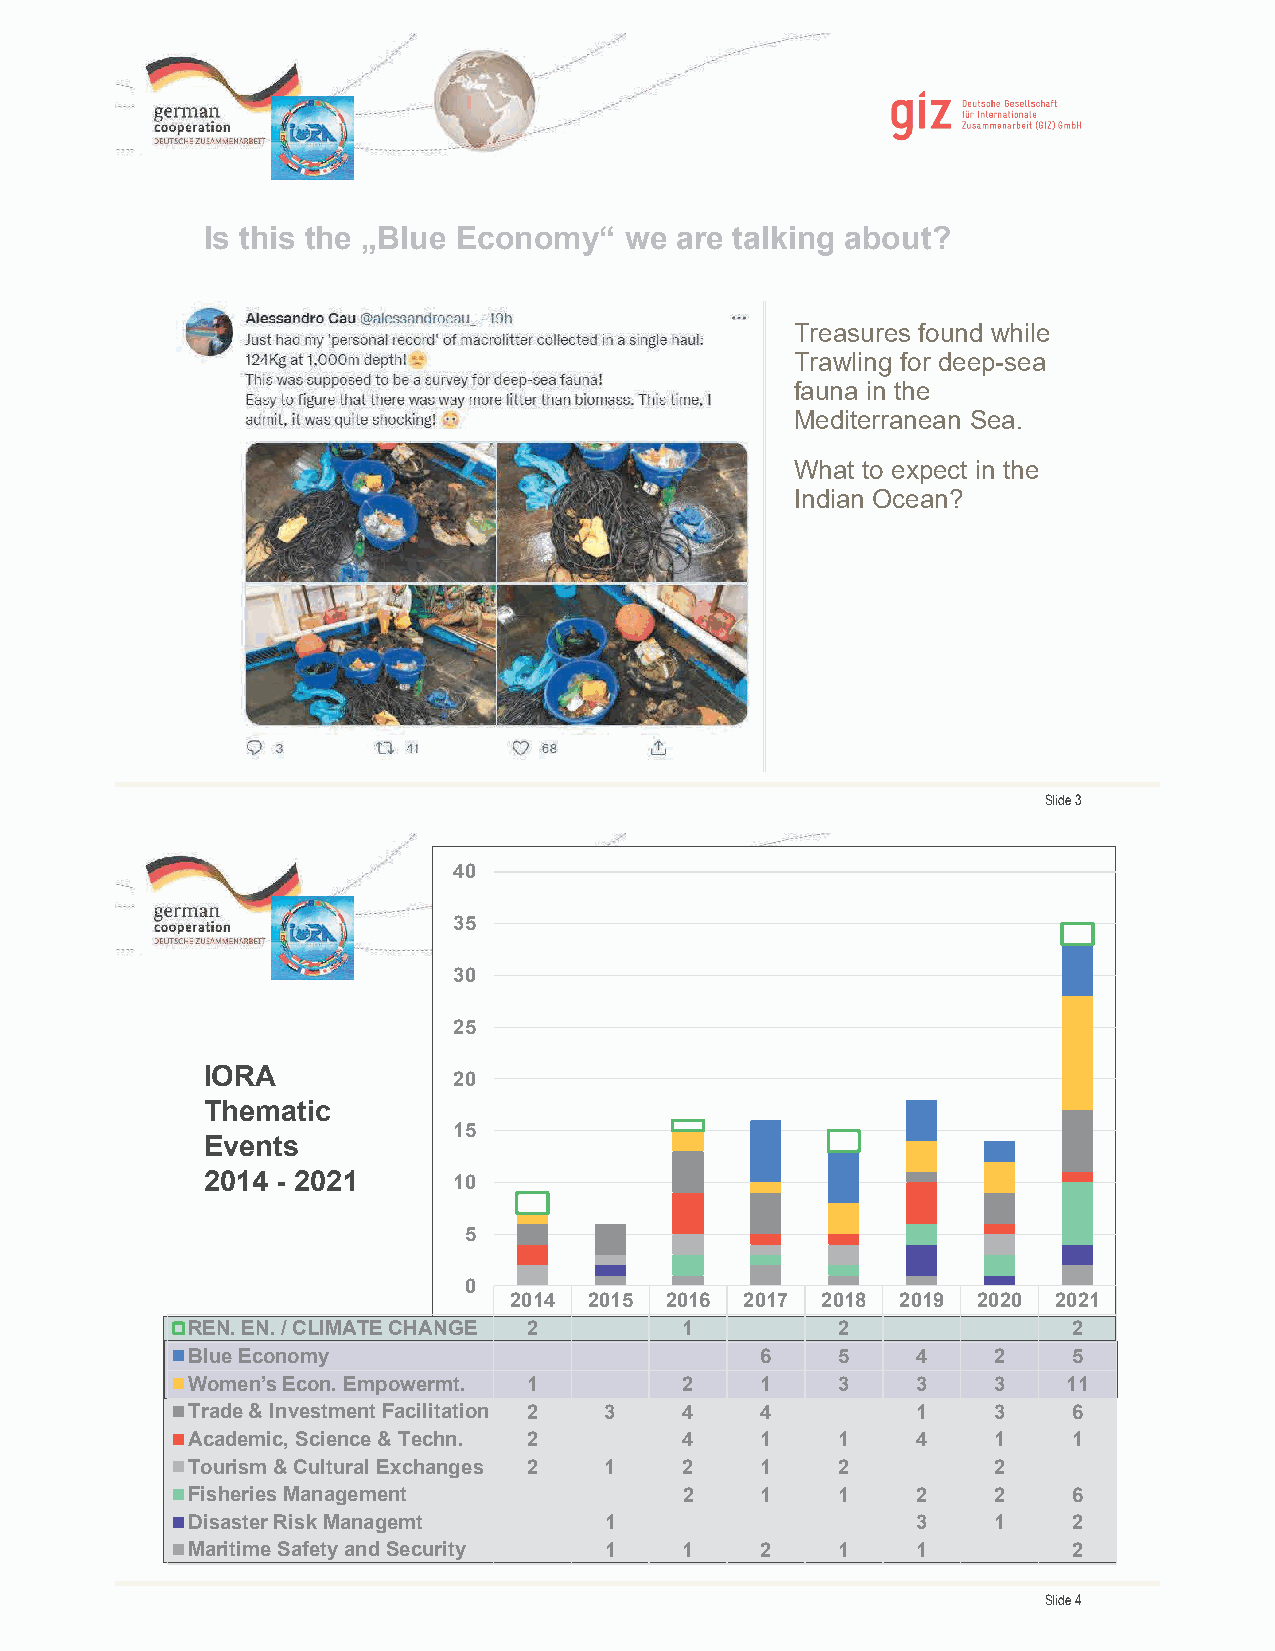
Is this the „Blue Economy“  we  are talking about?
 Treasures found while
 Trawling for deep-sea
 fauna in the
 Mediterranean Sea.
 What to expect in the
 Indian Ocean?
 Slide 3
 40
 35
 30
 25
 IIOORRAA
 20
 TThheemmaatticic
 15
 EEvveennttss
 22001140--22001281
 10
 5
 0
 2014 2015 2016 2017 2018  2019 2020 2021
 REN. EN. / CLIMATE CHANGE 2      1         2               2
 Blue Economy                          6    5     4    2    5
 Women’s Econ. Empowermt. 1       2    1    3     3    3    11
 Trade & Investment Facilitation 2 3 4 4          1    3    6
 Academic, Science & Techn. 2     4    1    1     4    1    1
 Tourism & Cultural Exchanges 2 1 2    1    2          2
 Fisheries Management             2    1    1     2    2    6
 Disaster Risk Managemt      1                    3    1    2
 Maritime Safety and Security 1   1    2    1     1         2
 Slide 4